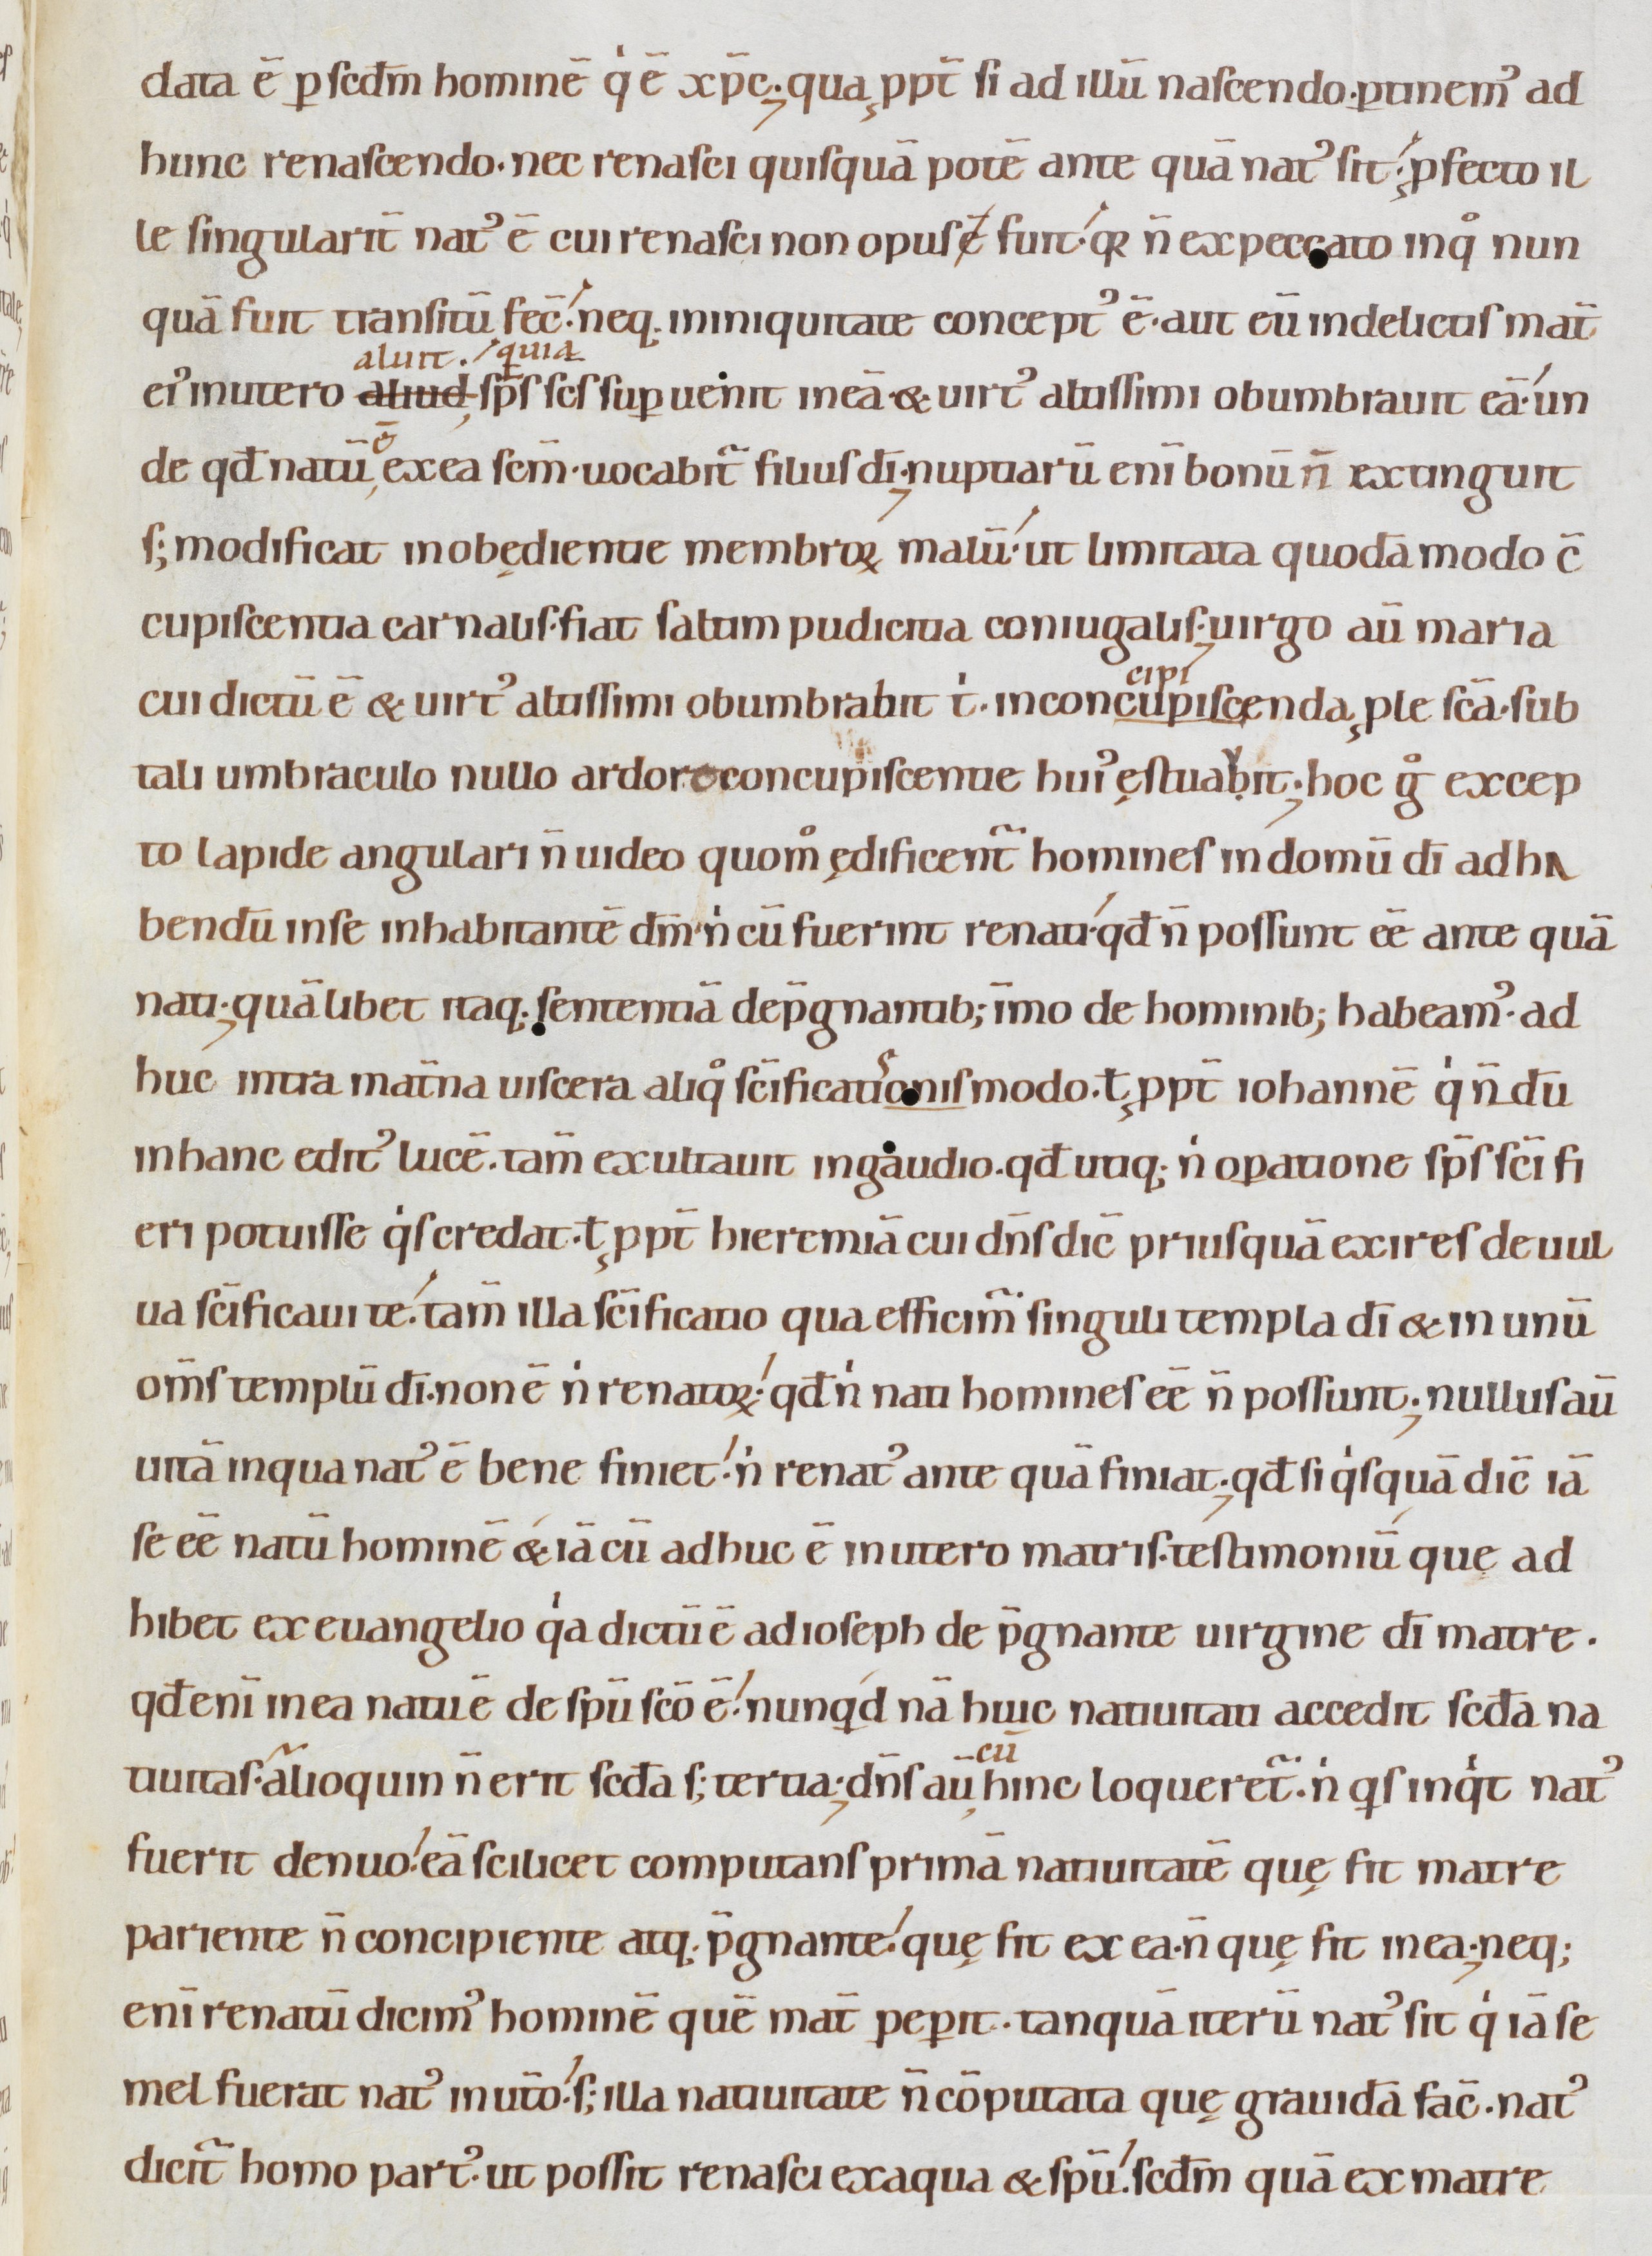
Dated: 1080–1096